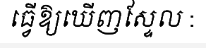
ធ្វើឱ្យឃើញស្ទែល :